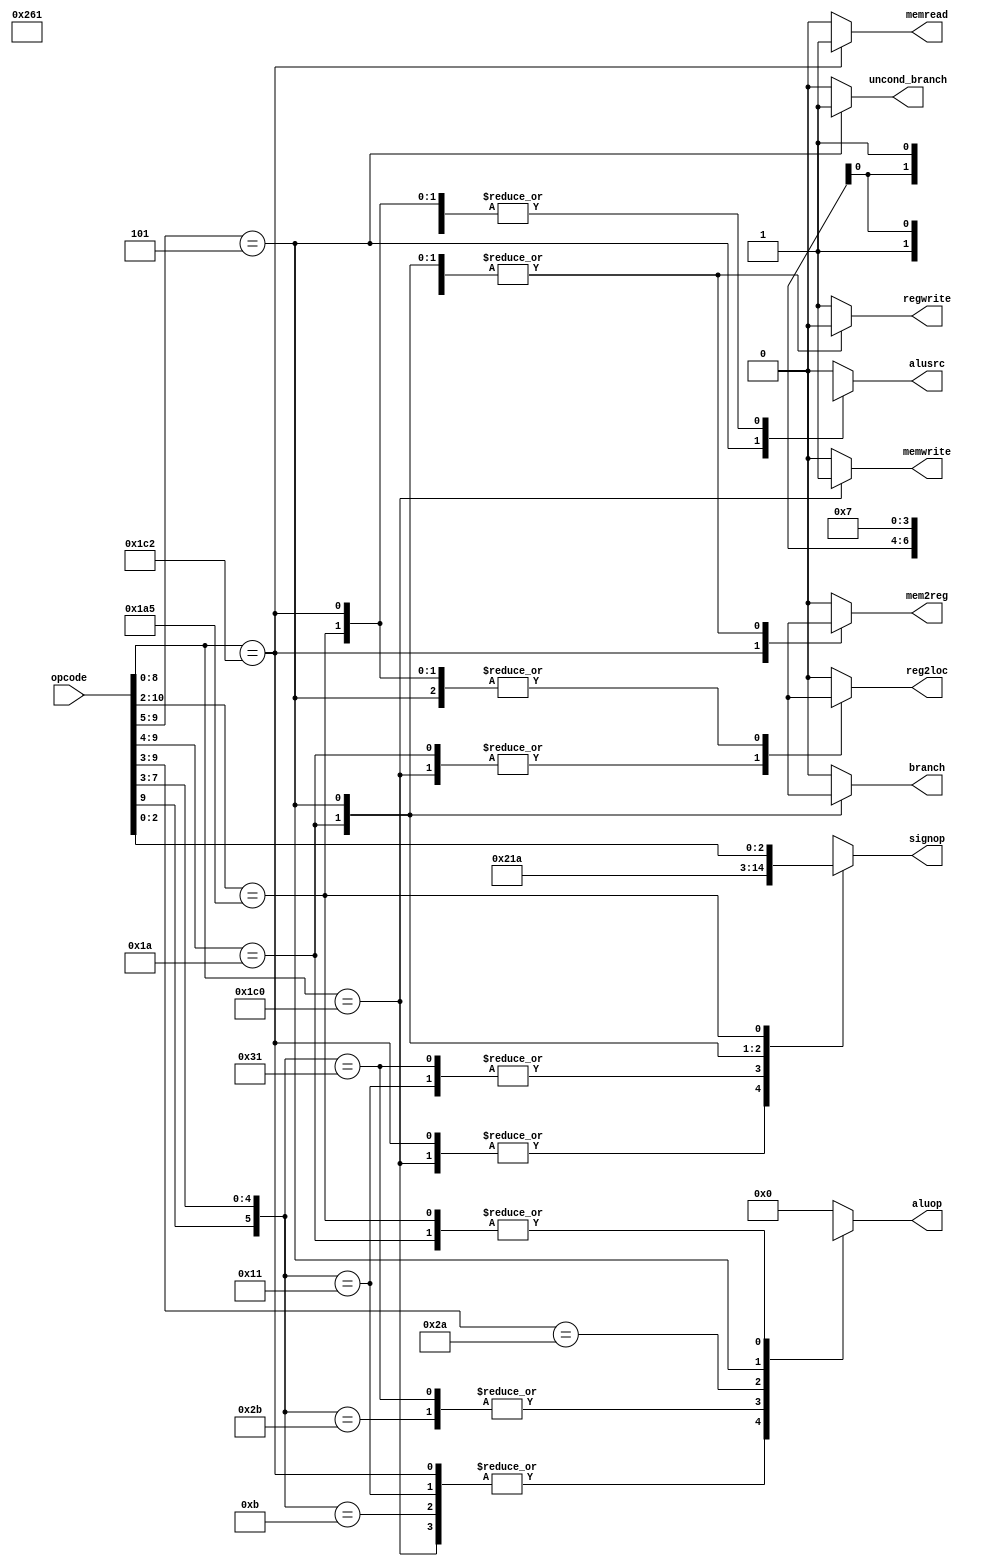
`define OPCODE_ANDREG 11'b?0001010???
`define OPCODE_ORRREG 11'b?0101010???
`define OPCODE_ADDREG 11'b?0?01011???
`define OPCODE_SUBREG 11'b?1?01011???

`define OPCODE_ADDIMM 11'b?0?10001???
`define OPCODE_SUBIMM 11'b?1?10001???

`define OPCODE_MOVZ   11'b110100101??

`define OPCODE_B      11'b?00101?????
`define OPCODE_CBZ    11'b?011010????

`define OPCODE_LDUR   11'b??111000010
`define OPCODE_STUR   11'b??111000000

module control(
	       output reg 	reg2loc,
	       output reg 	alusrc,
	       output reg 	mem2reg,
	       output reg 	regwrite,
	       output reg 	memread,
	       output reg 	memwrite,
	       output reg 	branch,
	       output reg 	uncond_branch,
	       output reg [3:0] aluop,
	       output reg [2:0] signop,
	       input [10:0] 	opcode
	       );

   always @(*)
     begin
	casez (opcode)

          /* Add cases here for each instruction your processor supports */
          `OPCODE_LDUR:
               begin
               reg2loc       = 1'bx;
               uncond_branch = 1'b0;
               branch        = 1'b0;
               memread       = 1'b1;
               mem2reg       = 1'b1;
               memwrite      = 1'b0;
               alusrc        = 1'b1;
               regwrite      = 1'b1;
               aluop         = 4'b0010;
               signop        = 3'b001;
               end
          `OPCODE_STUR:
               begin
               reg2loc       = 1'b1;
               uncond_branch = 1'b0;
               branch        = 1'b0;
               memread       = 1'b0;
               mem2reg       = 1'bx;
               memwrite      = 1'b1;
               alusrc        = 1'b1;
               regwrite      = 1'b0;
               aluop         = 4'b0010;
               signop        = 3'b001;
               end
          `OPCODE_ADDREG:
               begin
               reg2loc       = 1'b0;
               uncond_branch = 1'b0;
               branch        = 1'b0;
               memread       = 1'b0;
               mem2reg       = 1'b0;
               memwrite      = 1'b0;
               alusrc        = 1'b0;
               regwrite      = 1'b1;
               aluop         = 4'b0010;
               signop        = 3'bxxx;
               end
          `OPCODE_ADDIMM:
               begin
               reg2loc       = 1'b0;
               uncond_branch = 1'b0;
               branch        = 1'b0;
               memread       = 1'b0;
               mem2reg       = 1'b0;
               memwrite      = 1'b0;
               alusrc        = 1'b1;
               regwrite      = 1'b1;
               aluop         = 4'b0010;
               signop        = 3'b000;
               end
          `OPCODE_SUBREG:
               begin
               reg2loc       = 1'b0;
               uncond_branch = 1'b0;
               branch        = 1'b0;
               memread       = 1'b0;
               mem2reg       = 1'b0;
               memwrite      = 1'b0;
               alusrc        = 1'b0;
               regwrite      = 1'b1;
               aluop         = 4'b0110;
               signop        = 3'bxxx;
               end
          `OPCODE_SUBIMM:
               begin
               reg2loc       = 1'b0;
               uncond_branch = 1'b0;
               branch        = 1'b0;
               memread       = 1'b0;
               mem2reg       = 1'b0;
               memwrite      = 1'b0;
               alusrc        = 1'b1;
               regwrite      = 1'b1;
               aluop         = 4'b0110;
               signop        = 3'b000;
               end
          `OPCODE_ANDREG:
               begin
               reg2loc       = 1'b0;
               uncond_branch = 1'b0;
               branch        = 1'b0;
               memread       = 1'b0;
               mem2reg       = 1'b0;
               memwrite      = 1'b0;
               alusrc        = 1'b0;
               regwrite      = 1'b1;
               aluop         = 4'b0000;
               signop        = 3'bxxx;
               end
          `OPCODE_ORRREG:
               begin
               reg2loc       = 1'b0;
               uncond_branch = 1'b0;
               branch        = 1'b0;
               memread       = 1'b0;
               mem2reg       = 1'b0;
               memwrite      = 1'b0;
               alusrc        = 1'b0;
               regwrite      = 1'b1;
               aluop         = 4'b0001;
               signop        = 3'bxxx;
               end
          `OPCODE_CBZ:
               begin
               reg2loc       = 1'b1;
               uncond_branch = 1'b0;
               branch        = 1'b1;
               memread       = 1'b0;
               mem2reg       = 1'bx;
               memwrite      = 1'b0;
               alusrc        = 1'b0;
               regwrite      = 1'b0;
               aluop         = 4'b0111;
               signop        = 3'b011;
               end
          `OPCODE_B:
               begin
               reg2loc       = 1'bx;
               uncond_branch = 1'b1;
               branch        = 1'bx;
               memread       = 1'b0;
               mem2reg       = 1'bx;
               memwrite      = 1'b0;
               alusrc        = 1'bx;
               regwrite      = 1'b0;
               aluop         = 4'bxxxx;
               signop        = 3'b010;
               end
          `OPCODE_MOVZ:
               begin
               reg2loc       = 1'bx;
               uncond_branch = 1'b0;
               branch        = 1'b0;
               memread       = 1'b0;
               mem2reg       = 1'b0;
               memwrite      = 1'b0;
               alusrc        = 1'b1;
               regwrite      = 1'b1;
               aluop         = 4'b0111;
               signop        = opcode[2:0];
               end
          default:
            begin
               reg2loc       = 1'b0;
               alusrc        = 1'b0;
               mem2reg       = 1'b0;
               regwrite      = 1'b1;
               memread       = 1'b0;
               memwrite      = 1'b0;
               branch        = 1'b0;
               uncond_branch = 1'b0;
               aluop         = 4'b0000;
               signop        = 3'bxxx;
            end
	endcase
     end

endmodule